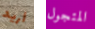
أريد المتجول